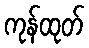
ကုန်ထုတ်